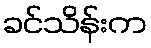
ခင်သိန်းက